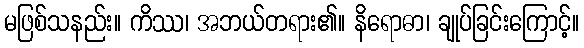
မဖြစ်သနည်း။ ကိဿ၊ အဘယ်တရား၏။ နိရောဓာ၊ ချုပ်ခြင်းကြောင့်။